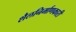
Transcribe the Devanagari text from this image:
शैलनिर्माणकारी